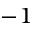
^ { - 1 }